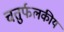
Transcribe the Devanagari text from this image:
चतुर्फलकीय